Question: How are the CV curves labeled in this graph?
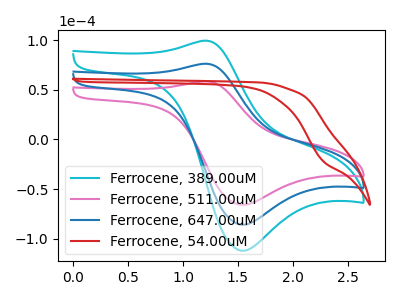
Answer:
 <answer>The cyan curve is labeled "Ferrocene, 389.00uM". The pink curve is labeled "Ferrocene, 511.00uM". The blue curve is labeled "Ferrocene, 647.00uM". The red curve is labeled "Ferrocene, 54.00uM".</answer>
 <eval></eval>